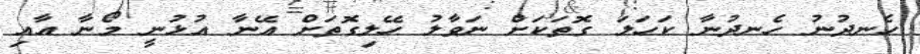
ހެނދުނު ހެނދުނާ ކަހަލަ ގޮތަކަށް ނަވާލު ހޭލިގޮތަށް އޭނާ އުޅުނީ މޯނާ އާއި